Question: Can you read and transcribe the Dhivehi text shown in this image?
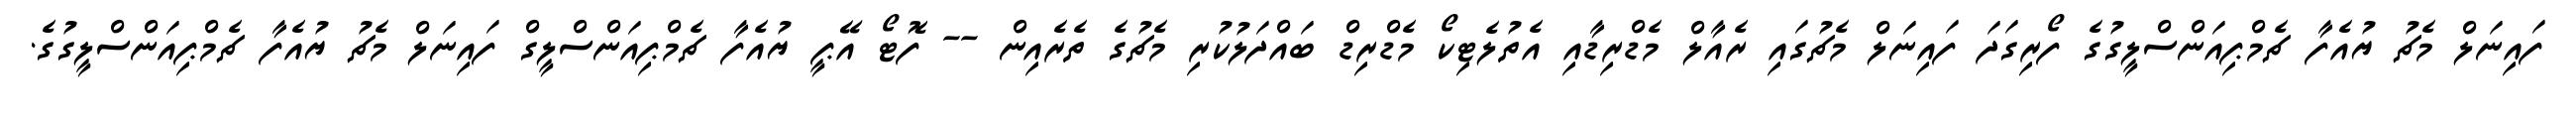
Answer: ފައިނަލް މެޗު ޔުއެފާ ޗެމްޕިއަންސްލީގުގެ ފޯރިގަދަ ފައިނަލް މެޗުގައި ރެއާލް މެޑްރިޑާއި އެތުލެޓިކޯ މެޑްރިޑް ބައްދަލުކުރި މެޗުގެ ތެރެއިން -- ފޮޓޯ އޭޕީ ޔުއެފާ ޗެމްޕިއަންސްލީގް ފައިނަލް މެޗު ޔުއެފާ ޗެމްޕިއަންސްލީގުގެ.